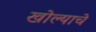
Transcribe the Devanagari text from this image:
खोल्याचे